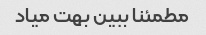
مطمئنا ببین بهت میاد